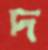
দ